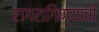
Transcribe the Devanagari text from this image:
रागरागिण्यांची